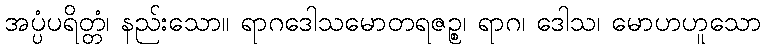
အပ္ပံပရိတ္တံ၊ နည်းသော။ ရာဂဒေါသမောတရဇဉ္စ၊ ရာဂ၊ ဒေါသ၊ မောဟဟူသော